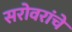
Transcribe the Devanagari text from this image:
सरोवरांचे